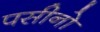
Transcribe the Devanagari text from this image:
पसीनो